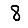
Digit: 8